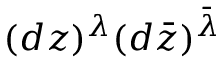
( d z ) ^ { \lambda } ( d \bar { z } ) ^ { \bar { \lambda } }